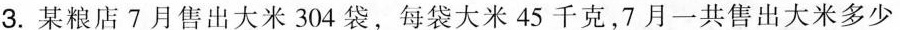
3.某粮店7月售出大米304袋，每袋大米45千克，7月一共售出大米多少